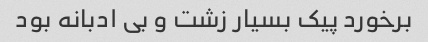
برخورد پیک بسیار زشت و بی ادبانه بود